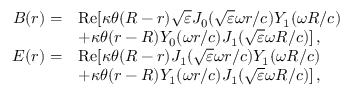
\begin{array} { r l } { B ( r ) = } & { \mathrm { R e } [ \kappa \theta ( R - r ) \sqrt { \varepsilon } J _ { 0 } ( \sqrt { \varepsilon } \omega r / c ) Y _ { 1 } ( \omega R / c ) } \\ & { + \kappa \theta ( r - R ) Y _ { 0 } ( \omega r / c ) J _ { 1 } ( \sqrt { \varepsilon } \omega R / c ) ] \, , } \\ { E ( r ) = } & { \mathrm { R e } [ \kappa \theta ( R - r ) J _ { 1 } ( \sqrt { \varepsilon } \omega r / c ) Y _ { 1 } ( \omega R / c ) } \\ & { + \kappa \theta ( r - R ) Y _ { 1 } ( \omega r / c ) J _ { 1 } ( \sqrt { \varepsilon } \omega R / c ) ] \, , } \end{array}